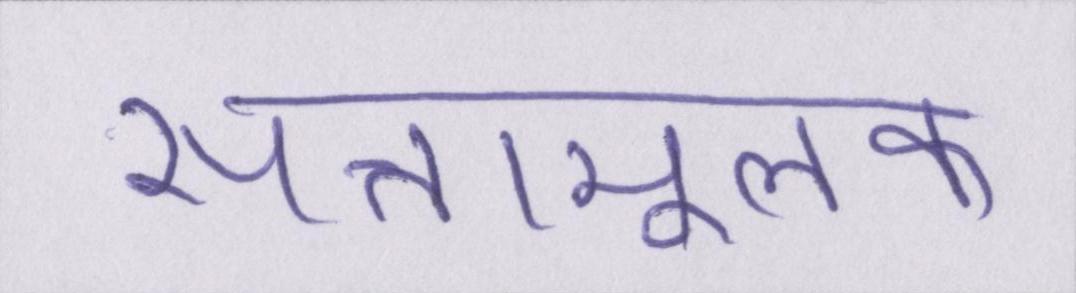
सत्तामूलक